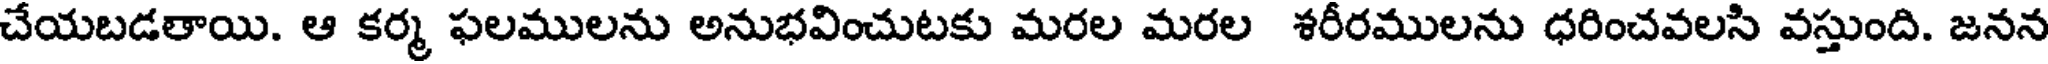
చేయబడతాయి. ఆ కర్మ ఫలములను అనుభవించుటకు మరల మరల శరీరములను ధరించవలసి వస్తుంది. జనన